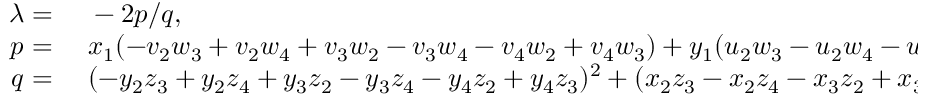
\begin{array} { r l } { \lambda = } & { { } \ - 2 p / q , } \\ { p = } & { { } \ x _ { 1 } ( - v _ { 2 } w _ { 3 } + v _ { 2 } w _ { 4 } + v _ { 3 } w _ { 2 } - v _ { 3 } w _ { 4 } - v _ { 4 } w _ { 2 } + v _ { 4 } w _ { 3 } ) + y _ { 1 } ( u _ { 2 } w _ { 3 } - u _ { 2 } w _ { 4 } - u _ { 3 } w _ { 2 } + u _ { 3 } w _ { 4 } + u _ { 4 } w _ { 2 } - u _ { 4 } w _ { 3 } ) } \\ { q = } & { { } \ ( - y _ { 2 } z _ { 3 } + y _ { 2 } z _ { 4 } + y _ { 3 } z _ { 2 } - y _ { 3 } z _ { 4 } - y _ { 4 } z _ { 2 } + y _ { 4 } z _ { 3 } ) ^ { 2 } + ( x _ { 2 } z _ { 3 } - x _ { 2 } z _ { 4 } - x _ { 3 } z _ { 2 } + x _ { 3 } z _ { 4 } + x _ { 4 } z _ { 2 } - x _ { 4 } z _ { 3 } ) ^ { 2 } } \end{array}